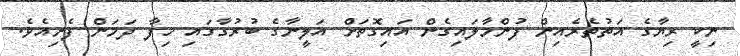
ނިކީ ރިޔާގެ އަތުތެރެއިން ފުންމާލައިގެން އައިގޮތަށް އަލީނާގެ ބުރުގާގައި ހިފާ ދަމަން ފެށިއެވެ.